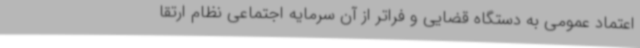
اعتماد عمومی به دستگاه قضایی و فراتر از آن سرمایه اجتماعی نظام ارتقا